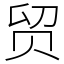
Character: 贸